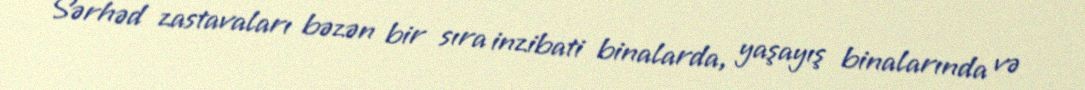
Sərhəd zastavaları bəzən bir sıra inzibati binalarda, yaşayış binalarında və